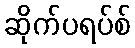
ဆိုက်ပရပ်စ်